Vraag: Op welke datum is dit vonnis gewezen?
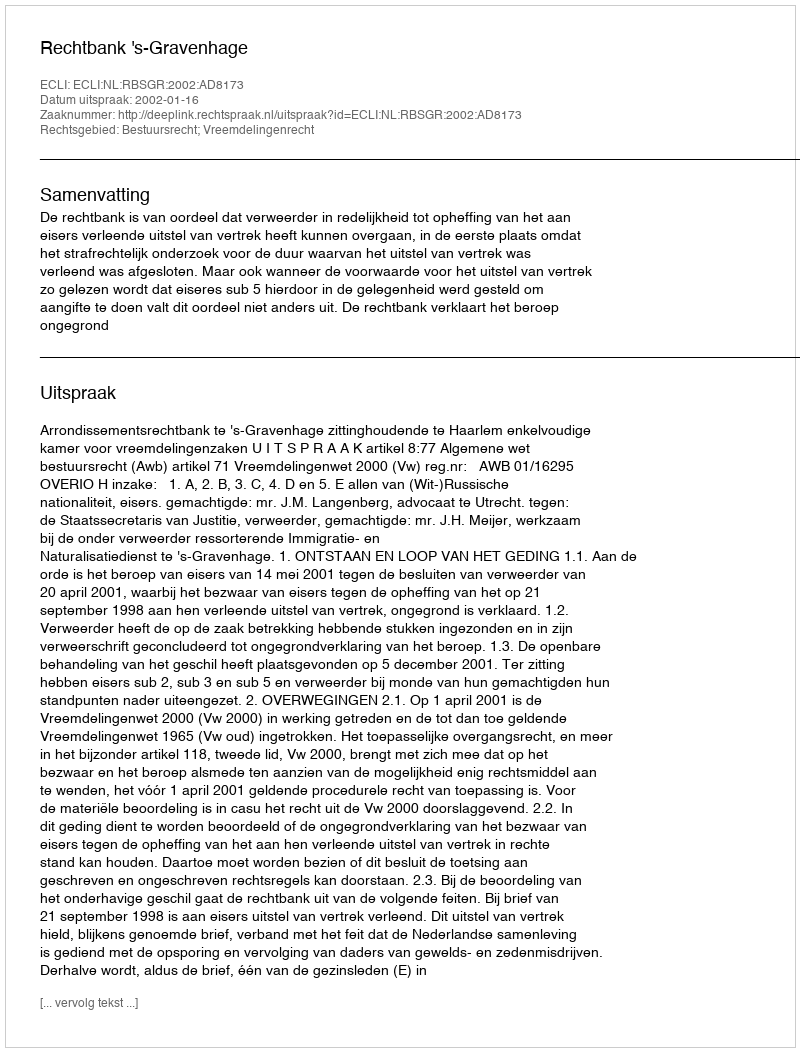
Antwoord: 2002-01-16